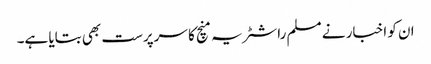
ان کو اخبار نے مسلم راشٹریہ منچ کا سرپرست بھی بتایا ہے۔